Annual report on the working of the mental hospitals in the Madras Presidency - 1912-1932
Year: 1912
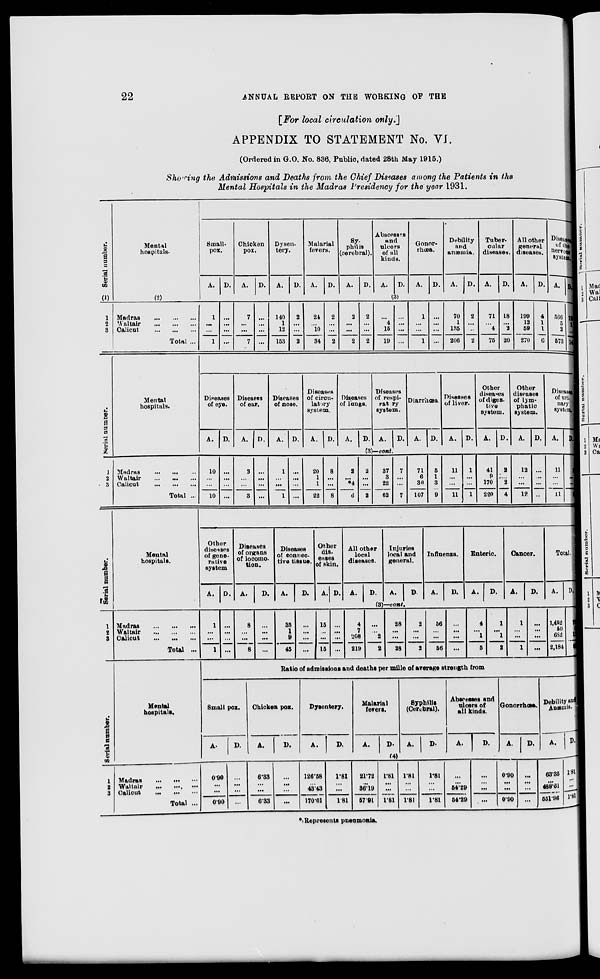
22
ANNUAL REPORT ON THE WORKING OF THE
[For local circulation
only.]
APPENDIX TO STATEMENT No. VI.
(Ordered in G.O. No. 836, Public, dated 28th May 1915.)
Showing the Admissions and Deaths from the Chief Diseases among the Patients in the
Mental Hospitals in the Madras Presidency for the year 1931.
Serial number.
(1)
1
2
3
Serial number.
J
2
3
Mental
hospitals-
(2)
Madras
...
...
...
Waltair
...
...
...
Calicut
...
...
...
Total ...
Mental
hospitals.
Madras
...
...
...
Waltair
...
...
...
Calicut
...
...
...
Total ...
Small-
pox.
A. D.
Chicken
pox.
A.
D.
Dysen-
tery.
A.
D.
Malarial
fevers.
A.
D.
Sy-
philis
(cerebral).
A.
D.
Abscesses
and
ulcers
of all
kinds.
A.
D.
Gonor-
rhœa.
A.
D.
Debility
and
anæmia.
A.
D.
Tuber-
cular
diseases.
A.
D.
All other
general
diseases.
A.
D.
Diseases
of the
nervous
system.
A. D.
(3)
1
...
...
1
...
...
...
...
7
...
...
7
...
...
...
...
140
1
12
153
2
...
...
2
24
...
10
34
2
...
...
2
2
...
...
2
2
...
...
2
...
4
15
19
...
. ..
...
...
1
...
...
1
...
. ..
...
...
70
1
135
206
2
. ..
...
2
71
...
4
75
18
...
23
20
199
12
59
270
4
1
1
6
566
5
2
673
13
1
...
14
Diseases
of eye.
A. D.
Diseases
of ear.
A. D.
Diseases
of nose.
A. D.
Diseases
of circu-
latory
system.
A.
D.
Diseases
of lungs.
A. D.
Diseases
of respi-
ratory
system.
A.
D.
Diarrhœa
A. D.
Diseases
of liver.
A.
D.
Other
diseases
of diges-
tive
system.
A. D.
Other
diseases
of lym-
phatic
system.
A.
D.
Diseases
of un-
nary
system.
A.
D.
(3)—cont.
10
...
...
10
...
...
...
...
3
...
...
3
...
. ..
...
...
1
...
...
1
20
...
...
...
1
1
22
8
...
...
8
2
...
*4
6
2
...
...
2
37
3
22
62
7
....
...
7
71
6
30
107
5
1
3
9
11
...
...
11
1
...
...
1
41
9
170
220
2
...
2
4
12
...
...
12
...
...
...
...
11
...
...
11
2
...
...
2
Serial number.
1
2
3
Mental
hospitals.
Madras
...
...
...
Waltair
...
...
...
Calicut ... ... ...
Total ...
Other
diseases
of gene-
rative
system
A.
D.
Diseases
of organs
of locomo-
tion.
A.
D.
Diseases
of connec-
tive tissue.
A.
D.
Other
dis-
eases
of skin.
A. D.
All other
local
diseases.
A.
D.
Injuries
local and
general.
A.
D.
Influenza.
A.
D.
Enteric.
A. D.
Cancer.
A.
D.
Total.
A.
D.
(3)—cont.
1
...
...
1
...
...
...
...
8
...
...
8
...
...
. ..
...
35
1
9
45
...
. ..
...
...
15
...
...
15
...
...
...
...
4
7
208
219
...
...
2
2
28
...
...
28
2
...
...
2
56
...
...
56
...
...
...
...
4
...
1
5
1
...
1
2
1
...
...
1
...
...
...
...
1,452
60
682
2,184
7
1
11
81
Serial number.
1
2
3
Mental
hospitals.
Madras ... ... ...
Waltair ... ... ...
Calicut ... ... ...
Total ...
Ratio of admissions and deaths per mille of average strength from
Small pox.
A.
D.
Chicken pox.
A.
D.
Dysentery.
A.
D.
Malarial
fevers.
A.
D.
Syphilis
(Cerebral).
A. D.
Abscesses and
ulcers of
all kinds.
A.
D.
Gonorrhœa.
A.
D.
Debility and
Anæmia.
A.
D.
(4)
0.90
...
...
090
...
...
...
...
6.33
...
...
6.33
...
...
...
...
126.58
...
43.43
170.01
1.81
...
...
1.81
21.72
...
36.19
57.91
1.81
...
. ..
1.81
1.81
...
...
1.81
1.81
...
...
1.81
...
...
54.29
54.29
...
...
...
...
0.90
...
...
0.90
...
...
...
...
63.35
...
488.61
551.96
1.81
...
...
1.81
* Represents pneumonia.